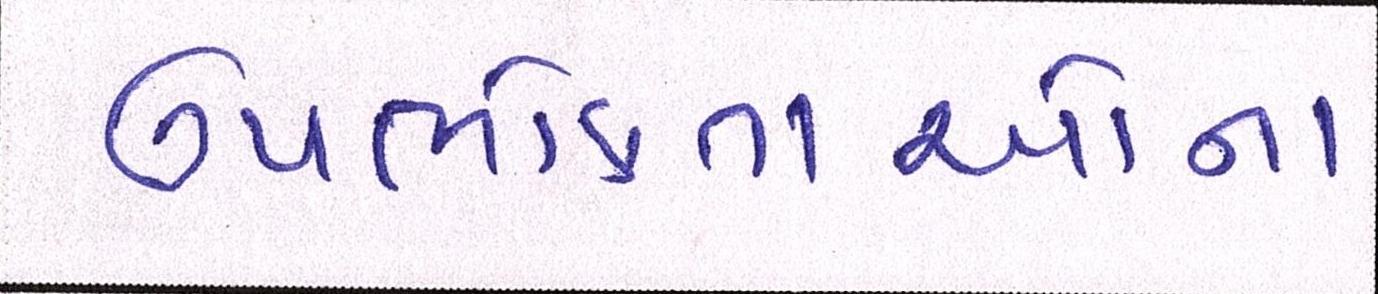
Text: ઉપભોક્તાઓના